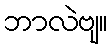
ဘာလဲဗျ။